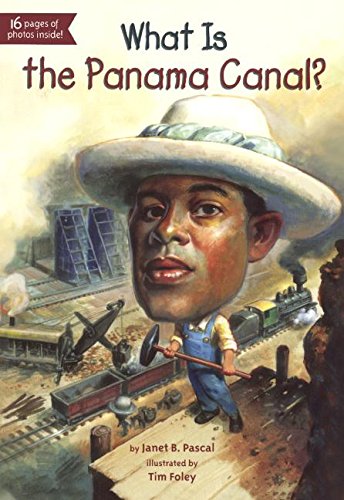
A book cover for What Is The Panama Canal? (Turtleback School & Library Binding Edition) (What Was...?); Janet Pascal; Children's Books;